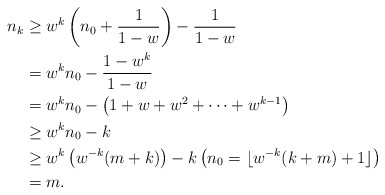
\begin{align*} n_k &\geq w^k \left(n_0 + \frac{1}{1-w}\right) - \frac{1}{1-w} \\ & = w^k n_0 - \frac{1-w^k}{1-w} \\ &= w^k n_0 - \left(1+w+w^2+\dots+w^{k-1}\right) \\ & \geq w^k n_0 -k \\ & \geq w^k\left(w^{-k}(m+k)\right) -k \left( n_0 = \lfloor w^{-k}(k+m)+1\rfloor \right)\\ & =m.\end{align*}